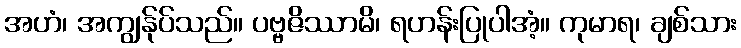
အဟံ၊ အကျွန်ုပ်သည်။ ပဗ္ဗဇိဿာမိ၊ ရဟန်းပြုပါအံ့။ ကုမာရ၊ ချစ်သား